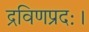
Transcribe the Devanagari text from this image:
द्रविणप्रदः।